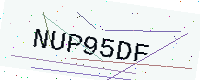
Text: NUP95DF